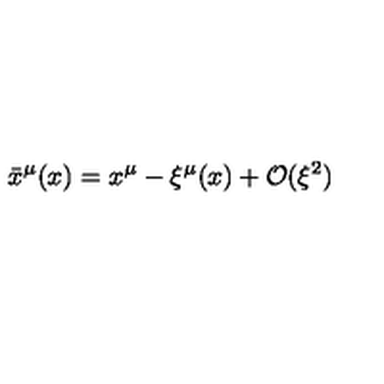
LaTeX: { \bar { x } } ^ { \mu } ( x ) = x ^ { \mu } - \xi ^ { \mu } ( x ) + \mathcal { O } ( \xi ^ { 2 } )